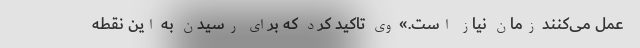
عمل می‌کنند زمان نیاز است.» وی تاکید کرد که برای رسیدن به این نقطه